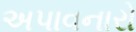
અપાવનારો